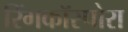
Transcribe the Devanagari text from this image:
रिंगकॉस्पोरा